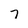
Character: 7